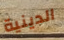
الدينية